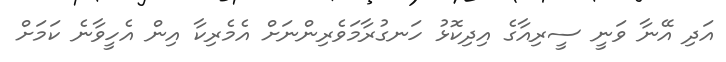
އަދި އޭނާ ވަނީ ސީރިއާގެ އިދިކޮޅު ހަނގުރާމަވެރިންނަށް އެމެރިކާ އިން އެހީވާނެ ކަމަށް